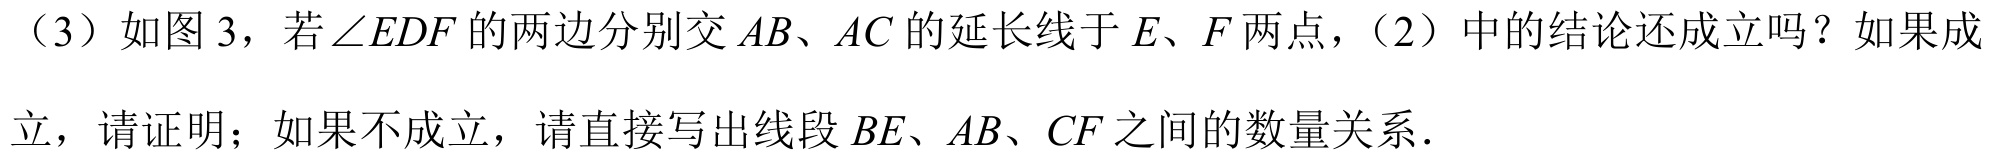
(3) 如图3，若$\angle EDF$的两边分别交$AB、AC$的延长线于$E、F$两点，(2)中的结论还成立吗？如果成
立，请证明；如果不成立，请直接写出线段$BE、AB、CF$之间的数量关系.